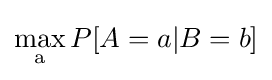
\max _{\mathrm {a} }P[A=a|B=b]